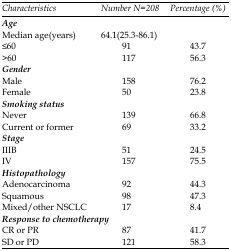
<table><thead><tr><td><b><i>Characteristics</i></b></td><td><b><i>Number</i><i>N=208</i></b></td><td><b><i>Percentage (%)</i></b></td></tr></thead><tbody><tr><td>Age</td><td></td><td></td></tr><tr><td>Median age(years)</td><td>64.1(25.3-86.1)</td><td></td></tr><tr><td>≤60</td><td>91</td><td>43.7</td></tr><tr><td>&gt;60</td><td>117 </td><td>56.3</td></tr><tr><td>Gender</td><td></td><td></td></tr><tr><td>Male</td><td>158 </td><td>76.2</td></tr><tr><td>Female</td><td>50 </td><td>23.8</td></tr><tr><td>Smoking status</td><td></td><td></td></tr><tr><td>Never</td><td>139 </td><td>66.8</td></tr><tr><td>Current or former</td><td>69 </td><td>33.2</td></tr><tr><td>Stage </td><td></td><td></td></tr><tr><td>IIIB</td><td>51 </td><td>24.5</td></tr><tr><td>IV</td><td>157 </td><td>75.5</td></tr><tr><td>Histopathology</td><td></td><td></td></tr><tr><td>Adenocarcinoma</td><td>92 </td><td>44.3</td></tr><tr><td>Squamous</td><td>98 </td><td>47.3</td></tr><tr><td>Mixed/other NSCLC</td><td>17 </td><td>8.4</td></tr><tr><td>Response to chemotherapy</td><td></td><td></td></tr><tr><td>CR or PR</td><td>87 </td><td>41.7</td></tr><tr><td>SD or PD</td><td>121 </td><td>58.3</td></tr></tbody></table>